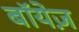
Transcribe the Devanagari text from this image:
बॉयेज़